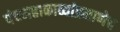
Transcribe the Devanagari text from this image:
पंचमहाकाव्यांप्रमाणेच